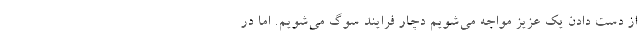
از دست دادن یک عزیز مواجه می‌شویم دچار فرایند سوگ می‌شویم. اما در